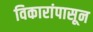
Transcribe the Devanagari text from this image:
विकारांपासून